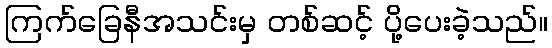
ကြက်ခြေနီအသင်းမှ တစ်ဆင့် ပို့ပေးခဲ့သည်။